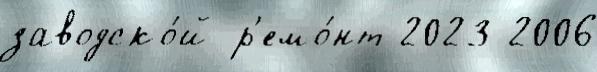
заводско́й р'емо́нт 2023 2006